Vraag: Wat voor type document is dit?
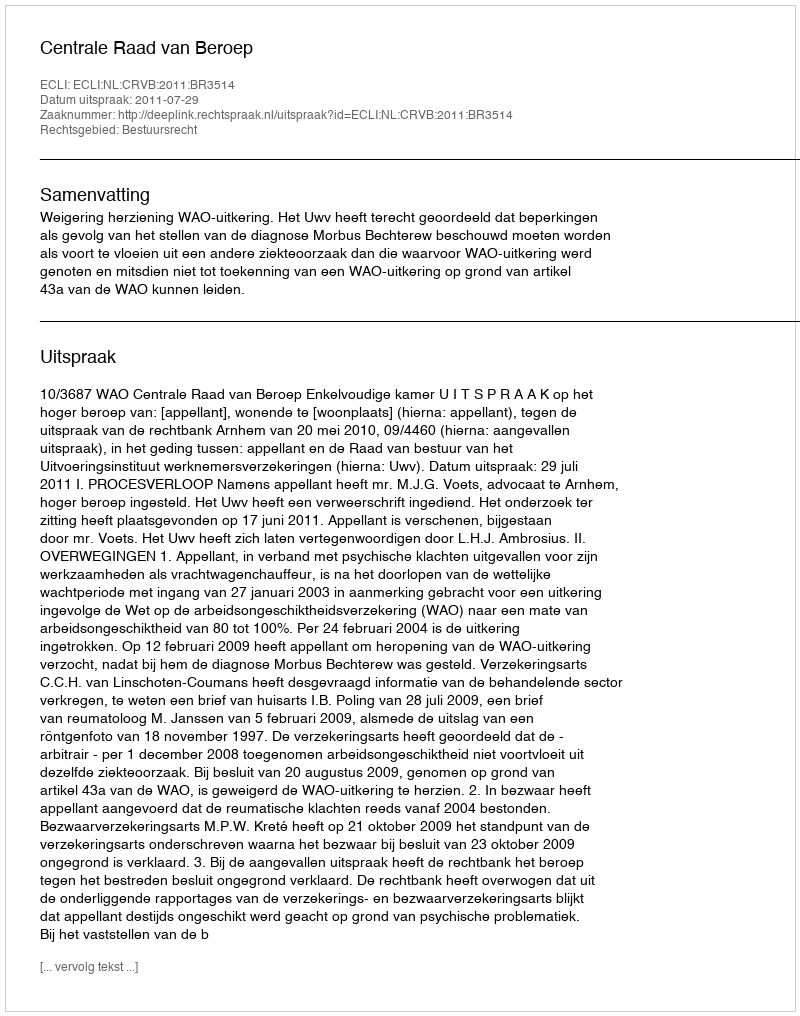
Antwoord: Uitspraak